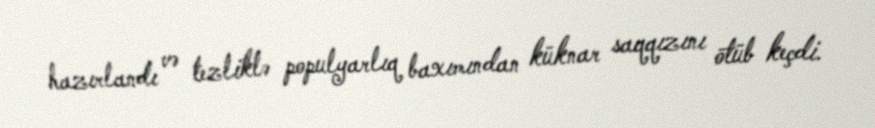
hazırlandı və tezliklə populyarlıq baxımından küknar saqqızını ötüb keçdi.